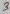
Text: 3